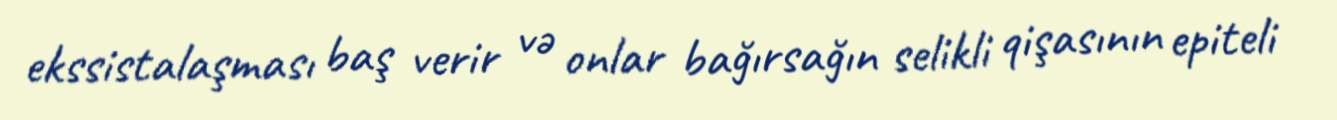
ekssistalaşması baş verir və onlar bağırsağın selikli qişasının epiteli